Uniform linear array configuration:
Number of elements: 12
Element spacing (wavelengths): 0.5
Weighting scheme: hann
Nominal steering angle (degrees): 60
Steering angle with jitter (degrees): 60.655
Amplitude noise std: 0.05
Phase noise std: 0.05

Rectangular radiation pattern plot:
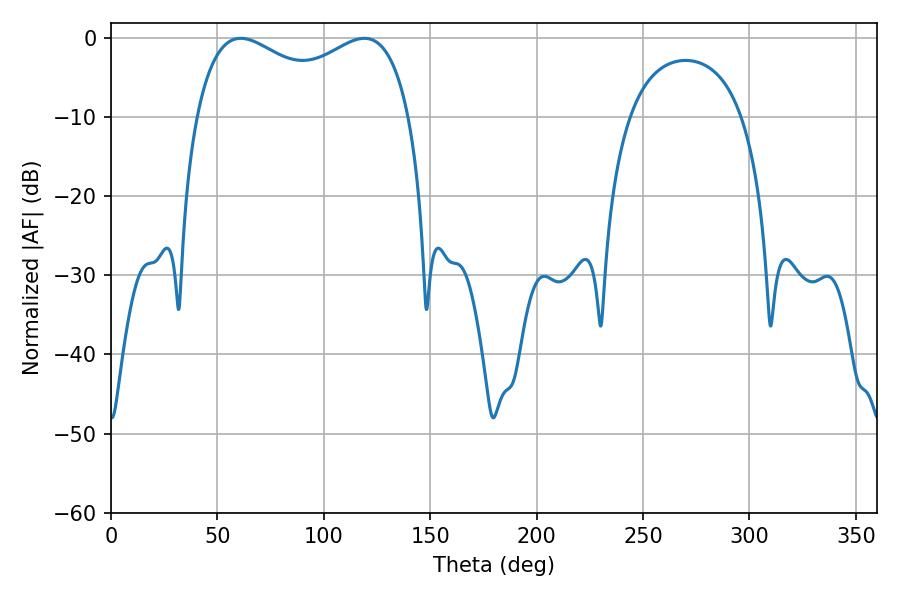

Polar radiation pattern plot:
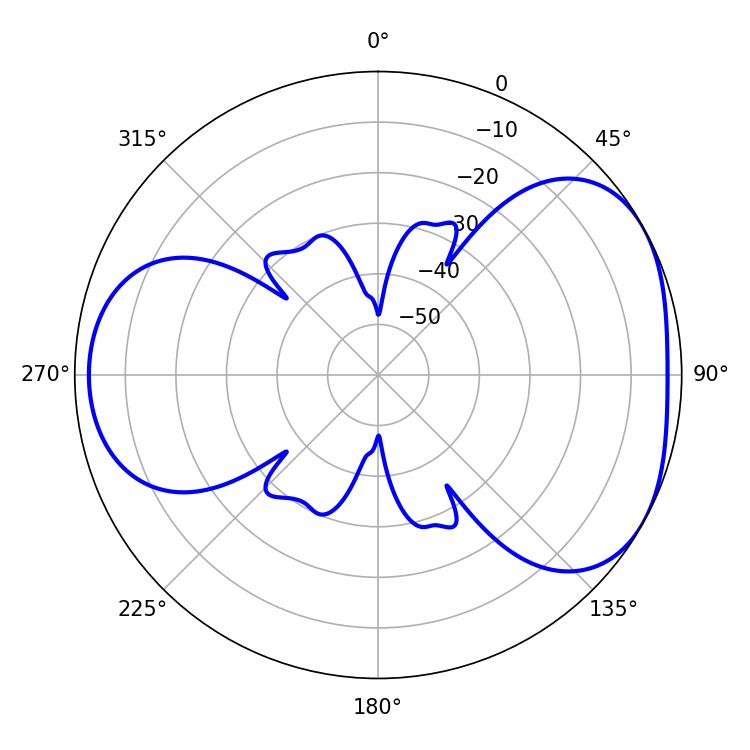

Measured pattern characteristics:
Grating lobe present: FALSE
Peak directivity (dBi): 4.361
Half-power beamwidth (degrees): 83.52
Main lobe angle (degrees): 61.02